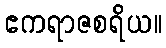
ဧကရာဇစရိယ။